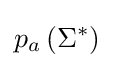
p_{a}\left(\Sigma ^{*}\right)